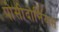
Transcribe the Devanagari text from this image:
पोसीदोनियस